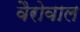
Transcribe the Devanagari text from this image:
वैरोवाल